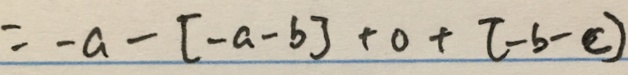
= - a - [ - a - b ] + 0 + [ - b - c ]